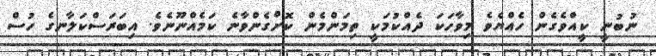
ނުބުނީ ކީއްވެގެން ހެއްޔެވެ މިވާހަކަ ދެއްކުމަކީ ތިމަންމެން ކޮށްގެންވާނެ ކަމެއްނޫނެވެ. އިބަރަސްކަލާނގެ ހުސް